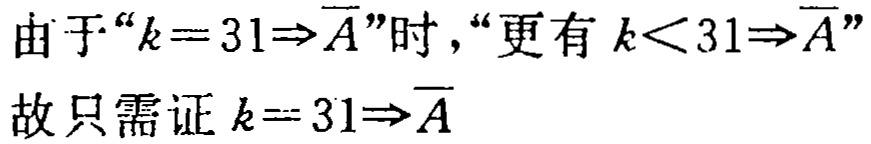
由于“$k = 31 \Rightarrow \overline{A}$”时，“更有 $k < 31 \Rightarrow \overline{A}$”
故只需证 $k = 31 \Rightarrow \overline{A}$